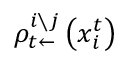
\rho _ { t \leftarrow } ^ { i \setminus j } \left( x _ { i } ^ { t } \right)